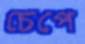
চেপে